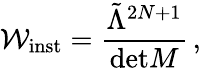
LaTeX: {\cal W}_{\mathrm{inst}}=\frac{\tilde{\Lambda}^{2N+1}}{\mathrm{det}M}\, ,